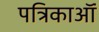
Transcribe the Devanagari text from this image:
पत्रिकाऑं